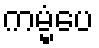
ကမ္မံပေ